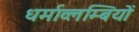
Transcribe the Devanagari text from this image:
धर्माव्लम्बियों